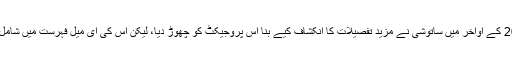
2010 کے اواخر میں ساتوشی نے مزید تفصیلات کا انکشاف کیے بنا اس پروجیکٹ کو چھوڑ دیا، لیکن اس کی ای میل فہرست میں شامل کئی۔